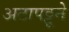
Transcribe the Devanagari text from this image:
अटापट्टूने